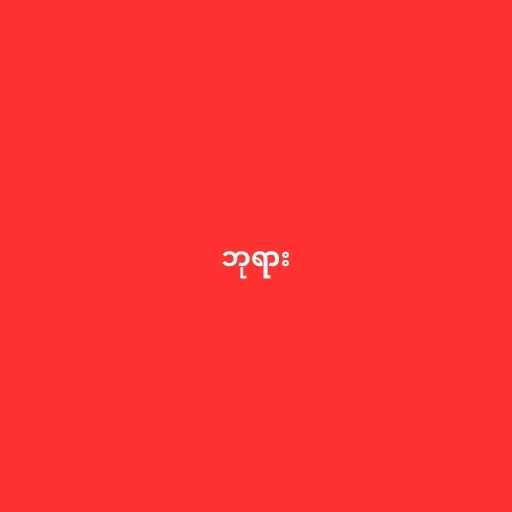
ဘုရား